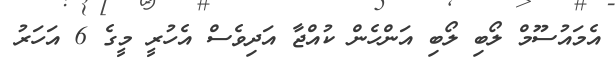
އެމައުސޫމް ލޯބި ލޯބި އަންހެން ކުއްޖާ އަދިވެސް އެހުރީ މީގެ 6 އަހަރު